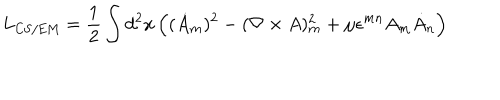
L _ { \mathrm { C S / E M } } = \frac 1 2 \int d ^ { 2 } x \, \Bigl ( ( \dot { A } _ { m } ) ^ { 2 } - ( \nabla \times A ) _ { m } ^ { 2 } + \mu \epsilon ^ { m n } A _ { m } \dot { A } _ { n } \Bigr )